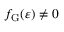
f _ { \mathrm { G } } ( \varepsilon ) \neq 0